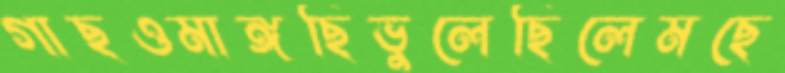
গাছওমাঙ্গছিভুলেছিলেমছে